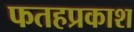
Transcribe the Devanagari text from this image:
फतहप्रकाश